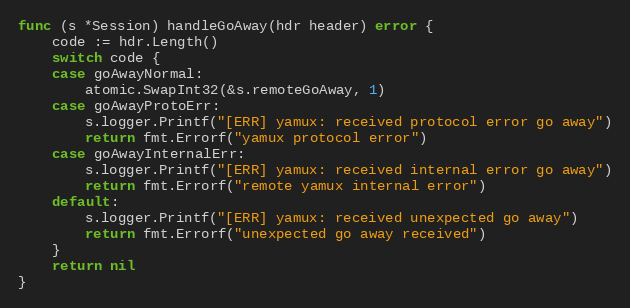
Language: Go
func (s *Session) handleGoAway(hdr header) error {
	code := hdr.Length()
	switch code {
	case goAwayNormal:
		atomic.SwapInt32(&s.remoteGoAway, 1)
	case goAwayProtoErr:
		s.logger.Printf("[ERR] yamux: received protocol error go away")
		return fmt.Errorf("yamux protocol error")
	case goAwayInternalErr:
		s.logger.Printf("[ERR] yamux: received internal error go away")
		return fmt.Errorf("remote yamux internal error")
	default:
		s.logger.Printf("[ERR] yamux: received unexpected go away")
		return fmt.Errorf("unexpected go away received")
	}
	return nil
}